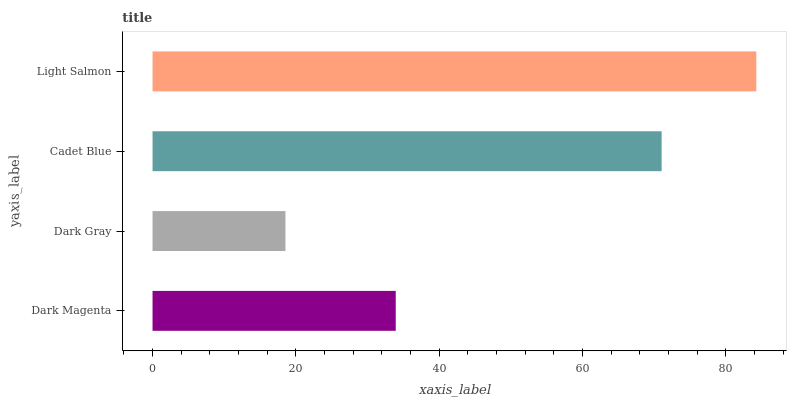
| yaxis_label | bars |
 | --- | --- |
 | Dark Magenta | 33.9 |
 | Dark Gray | 18.5 |
 | Cadet Blue | 71 |
 | Light Salmon | 84.2 |